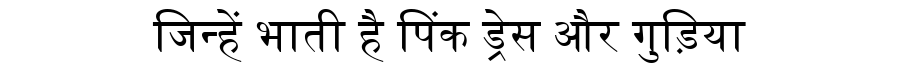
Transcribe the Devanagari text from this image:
जिन्हें भाती है पिंक ड्रेस और गुड़िया